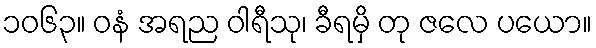
၁၀၆၃။ ဝနံ အရည ဝါရီသု၊ ခီရမှိ တု ဇလေ ပယော။